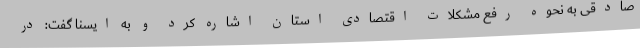
صادقی به نحوه رفع مشکلات اقتصادی استان اشاره کرد و به ایسنا گفت: در